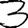
Digit: 3